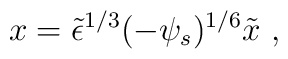
x = \tilde\epsilon^{1/3} (-\psi_s)^{1/6}\tilde{x} \ ,